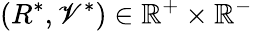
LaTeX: (R^{*},\mathscr{V}^{*})\in\mathbb{R}^{+}\times\mathbb{R}^{-}